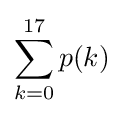
\sum _{k=0}^{17}p(k)